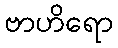
ဗာဟိရော